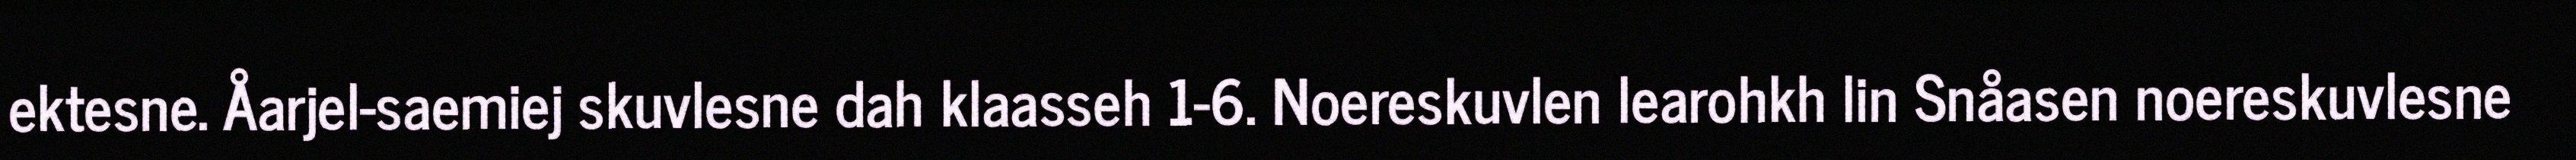
ektesne. Åarjel-saemiej skuvlesne dah klaasseh 1-6. Noereskuvlen learohkh lin Snåasen noereskuvlesne